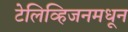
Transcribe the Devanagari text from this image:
टेलिव्हिजनमधून